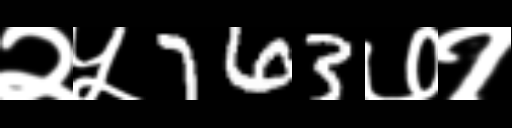
Text: २५763७१